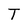
Character: T